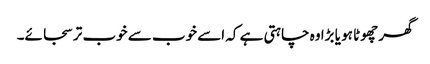
گھر چھوٹا ہو یا بڑا وہ چاہتی ہے کہ اسے خوب سے خوب تر سجائے۔